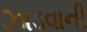
ઝાડવાની